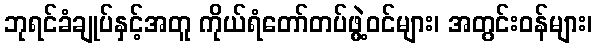
ဘုရင်ခံချုပ်နှင့်အတူ ကိုယ်ရံတော်တပ်ဖွဲ့ဝင်များ၊ အတွင်းဝန်များ၊